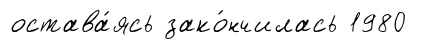
остава́ясь зако́нчилась 1980